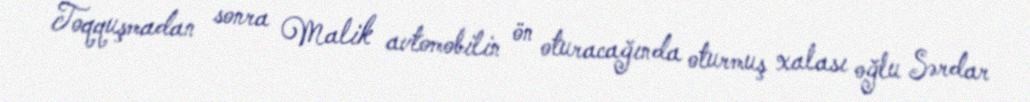
Toqquşmadan sonra Malik avtomobilin ön oturacağında oturmuş xalası oğlu Sərdar